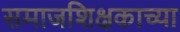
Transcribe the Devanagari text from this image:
समाजशिक्षकाच्या